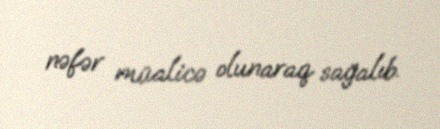
nəfər müalicə olunaraq sağalıb.